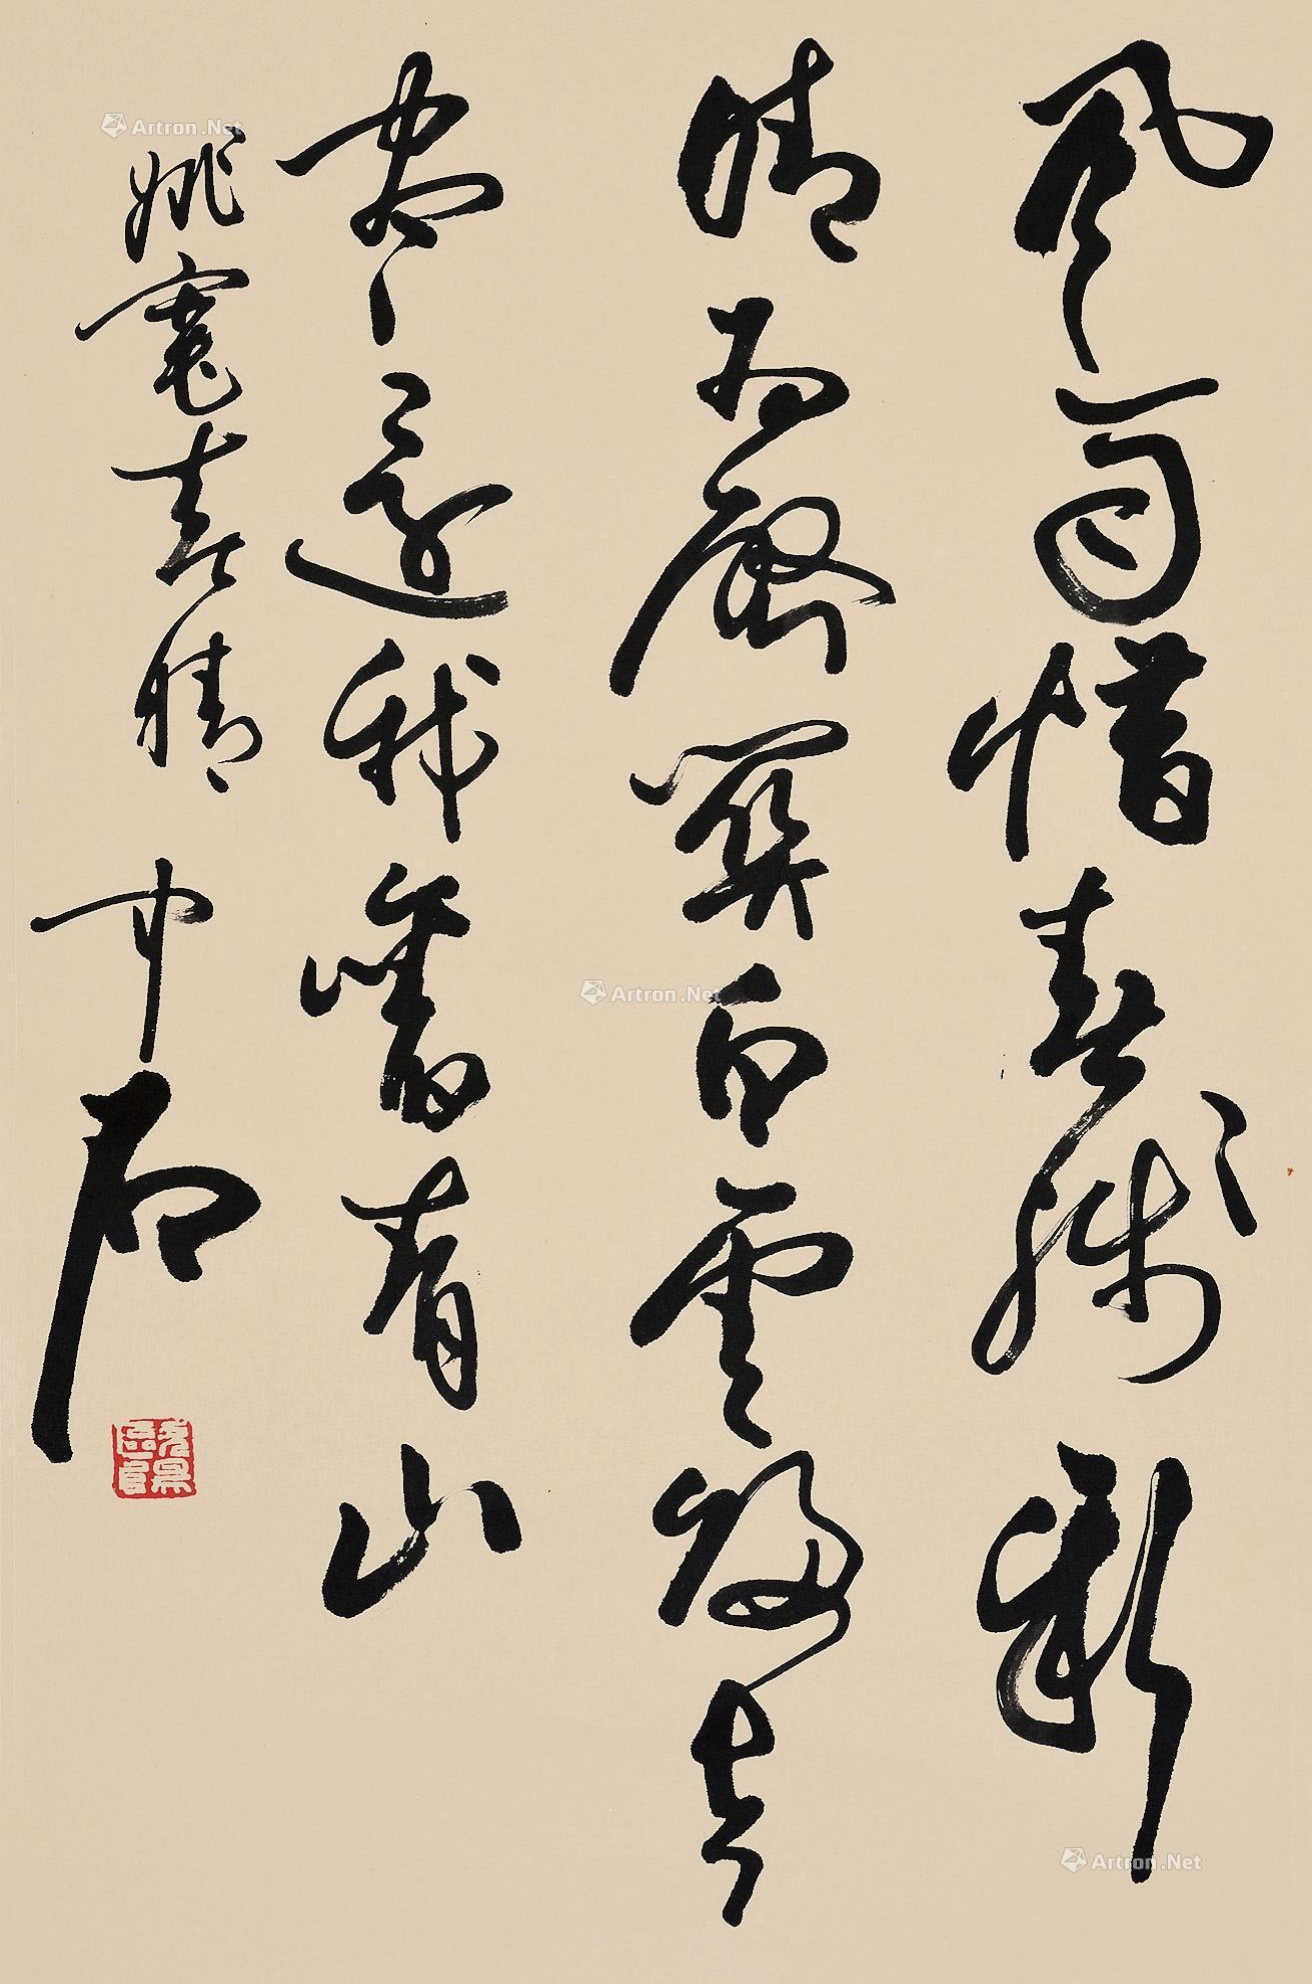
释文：风雨惜春残，新晴为启关。白云归去尽，还我旧青山。姚宽春晴。中石。